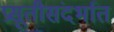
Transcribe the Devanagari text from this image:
प्रसूतीसंदर्भात